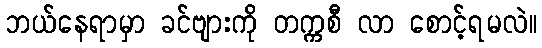
ဘယ်နေရာမှာ ခင်ဗျားကို တက္ကစီ လာ စောင့်ရမလဲ။